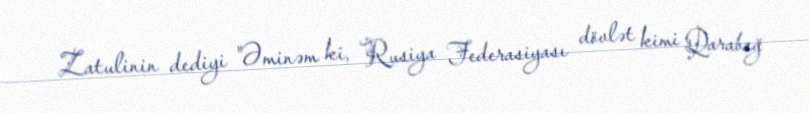
Zatulinin dediyi "Əminəm ki, Rusiya Federasiyası dövlət kimi Qarabağ